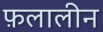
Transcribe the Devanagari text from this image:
फ़लालीन